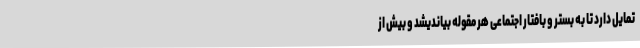
تمایل دارد تا به بستر و بافتار اجتماعی هر مقوله بیاندیشد و بیش از